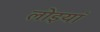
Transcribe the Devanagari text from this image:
लोइयां